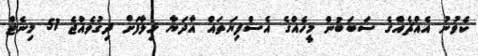
ކެވުނު އެއްޗެއްގެ ސަބަބުން މީހެއްގެ އެސްފިޔަތައް އާދަޔާ ޚިލާފަށް ދިގުވެއްޖެ 51 މިނެޓް